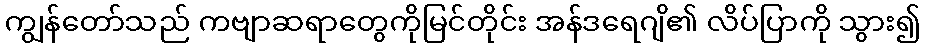
ကျွန်တော်သည် ကဗျာဆရာတွေကိုမြင်တိုင်း အန်ဒရေဂျိ၏ လိပ်ပြာကို သွား၍